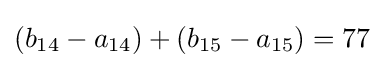
(b_{14}-a_{14})+(b_{15}-a_{15})=77